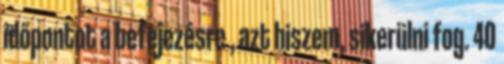
időpontot a befejezésre , azt hiszem, sikerülni fog. 40